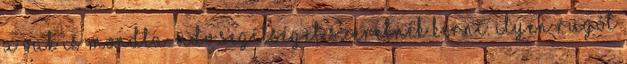
a vak is mondta. üdv.segítséget szeretnék kérni. ilyen rugót